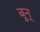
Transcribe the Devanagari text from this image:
बुन्‌